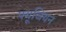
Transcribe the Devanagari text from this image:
फ्यूजियन